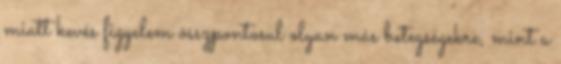
miatt kevés figyelem összpontosul olyan más betegségekre, mint a